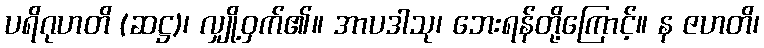
ပရိဂုဟတိ (ဆဋ္ဌ)၊ လျှို့ဝှက်၏။ အာပဒါသု၊ ဘေးရန်တို့ကြောင့်။ န ဇဟတိ၊